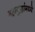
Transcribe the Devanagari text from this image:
महायुद्धांमध्ये